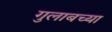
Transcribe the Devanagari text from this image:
गुलाबच्या